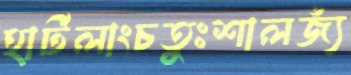
হার্টলাংচতুঃশালজ্যঁ